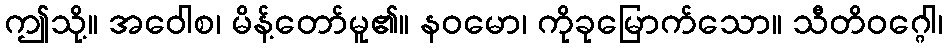
ဤသို့။ အဝေါစ၊ မိန့်တော်မူ၏။ နဝမော၊ ကိုခုမြောက်သော။ သီတိဝဂ္ဂေါ၊